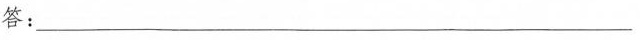
答：__________________________________________